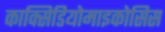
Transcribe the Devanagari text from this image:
काक्सिडियोमाइकोसिस